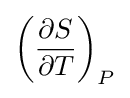
\left({\frac {\partial S}{\partial T}}\right)_{P}